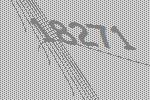
18271